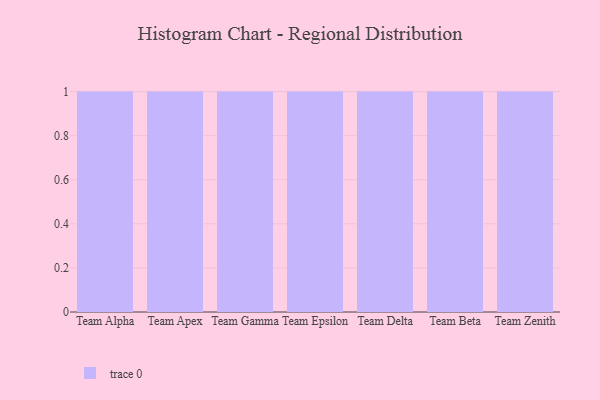
{"axis": {"x": "Team", "y": "Active Users"}, "legend": [""], "data": [{"x": "Team Alpha", "y": 81, "type": ""}, {"x": "Team Apex", "y": 19, "type": ""}, {"x": "Team Gamma", "y": 49, "type": ""}, {"x": "Team Epsilon", "y": 63, "type": ""}, {"x": "Team Delta", "y": 61, "type": ""}, {"x": "Team Beta", "y": 15, "type": ""}, {"x": "Team Zenith", "y": 44, "type": ""}]}